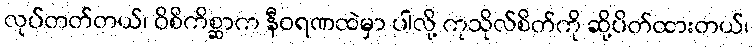
လုပ်တတ်တယ်၊ ဝိစိကိစ္ဆာက နီဝရဏထဲမှာ ပါလို့ ကုသိုလ်စိတ်ကို ဆို့ပိတ်ထားတယ်၊